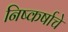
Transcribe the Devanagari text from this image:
निष्कर्षाचे